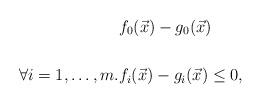
LaTeX: \begin{align*} &f_0(\vec{x})-g_0(\vec{x})\\& \\\forall i=1,\ldots,m. &f_i(\vec{x})-g_i(\vec{x})\leq 0,\end{align*}